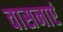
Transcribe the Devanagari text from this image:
वासनाएं